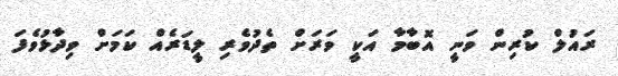
ރައުލް ކުރިން ވަނީ އޮބާމާ އަކީ ވަރަށް ތެދުވެރި ލީޑަރެއް ކަމަށް ވިދާޅުވެފަ